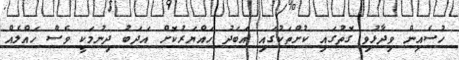
ހުސެއިން ވިދާޅުވި ގޮތުގައި ކުށްތަކުގައި އަބަދު ހައްޔަރުކޮށް އަދަބު ދިނުމަކީ ވެސް ހައްލެއް